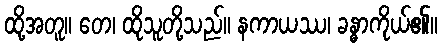
ထို့အတူ။ တေ၊ ထိုသူတို့သည်။ နကာယဿ၊ ခန္ဓာကိုယ်၏။